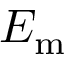
E _ { \mathrm { m } }